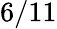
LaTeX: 6/11